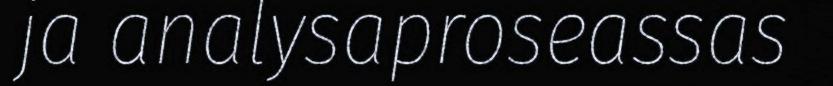
ja analysaproseassas